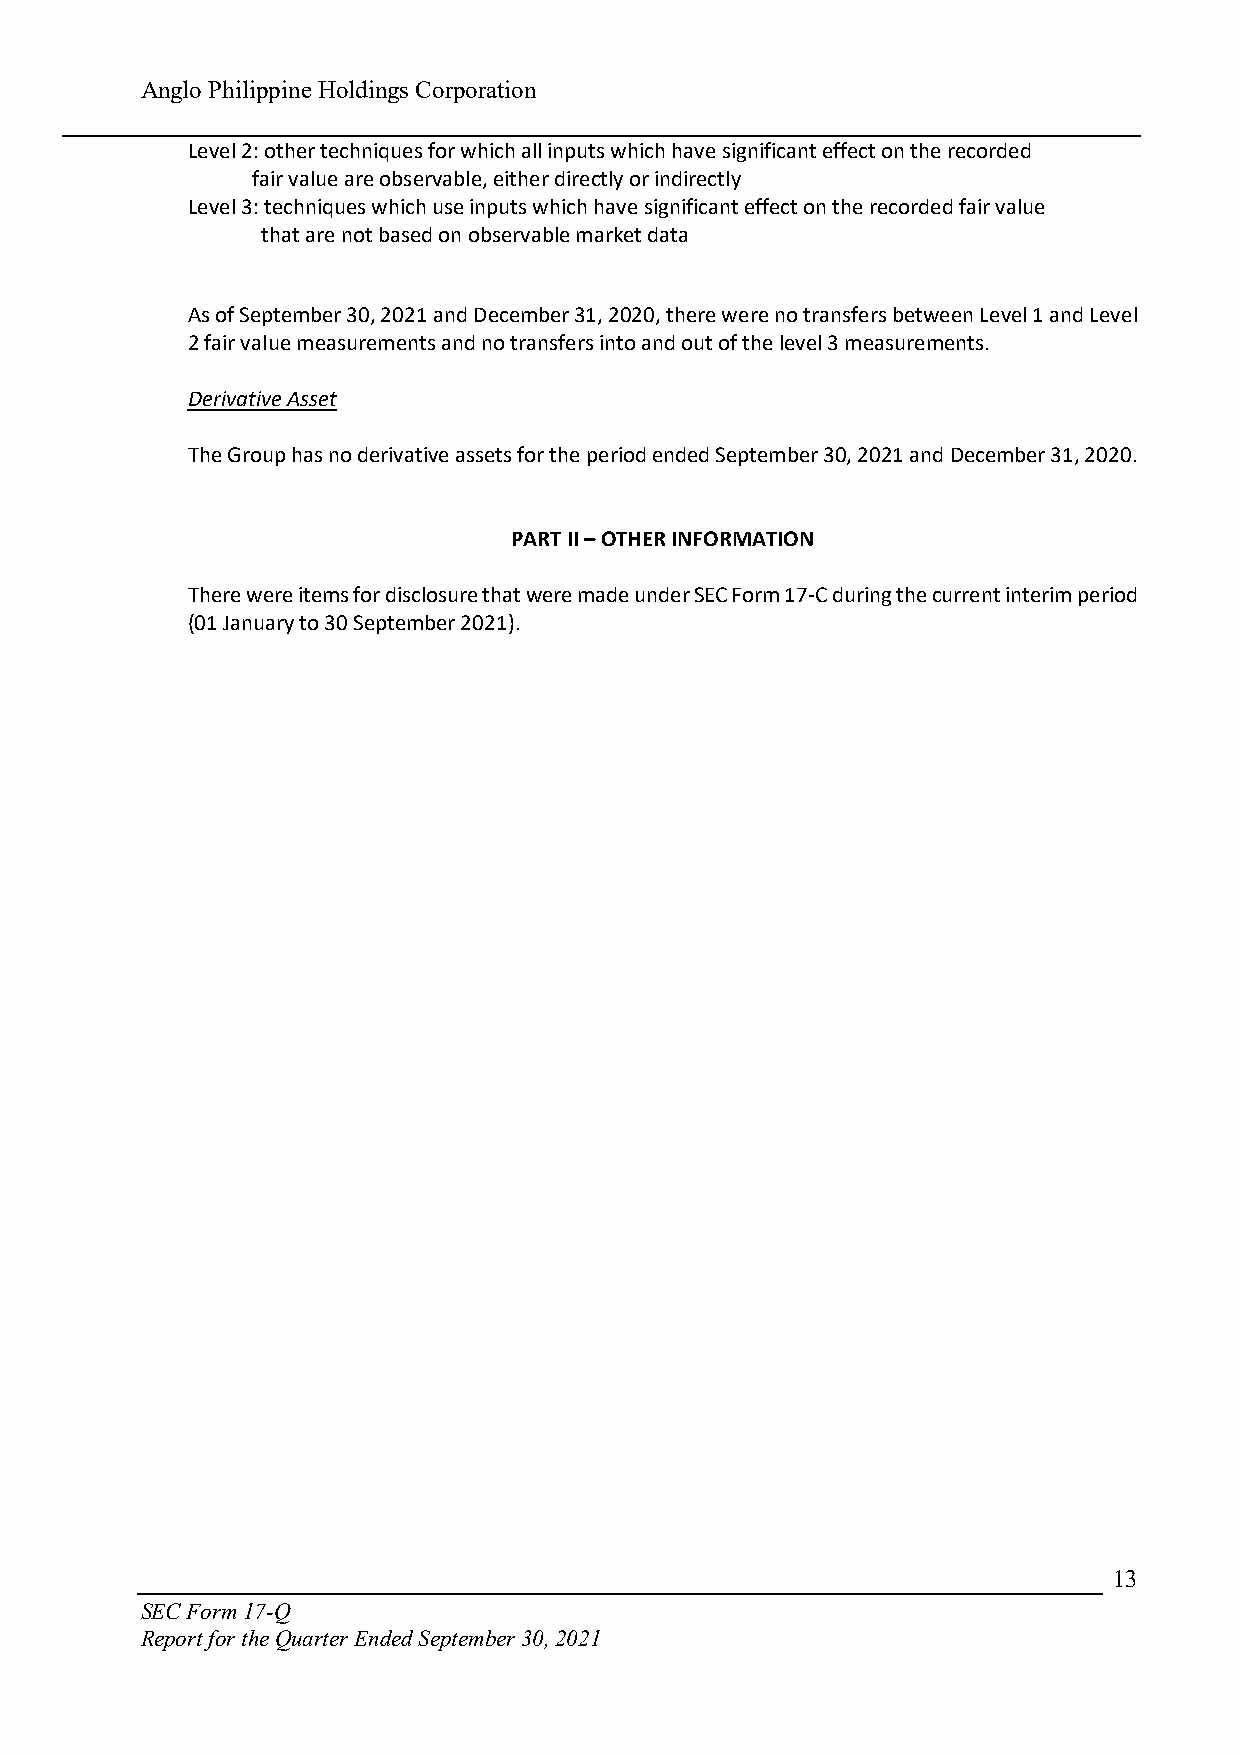
Anglo Philippine Holdings Corporation
 Level 2: other techniques for which all inputs which have significant effect on the recorded
 fair value are observable, either directly or indirectly
 Level 3: techniques which use inputs which have significant effect on the recorded fair value
 that are not based on observable market data
 As of September 30, 2021 and December 31, 2020, there were no transfers between Level 1 and Level
 2 fair value measurements and no transfers into and out of the level 3 measurements.
 Derivative Asset
 The Group has no derivative assets for the period ended September 30, 2021 and December 31, 2020.
 PART II – OTHER INFORMATION
 There were items for disclosure that were made under SEC Form 17-C during the current interim period
 (01 January to 30 September 2021).
 13
 SEC Form 17-Q
 Report for the Quarter Ended September 30, 2021